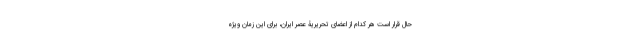
حال قرار است هر کدام از اعضای تحریریۀ عصر ایران، برای این زمان ویژه